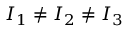
I _ { 1 } \ne I _ { 2 } \ne I _ { 3 }